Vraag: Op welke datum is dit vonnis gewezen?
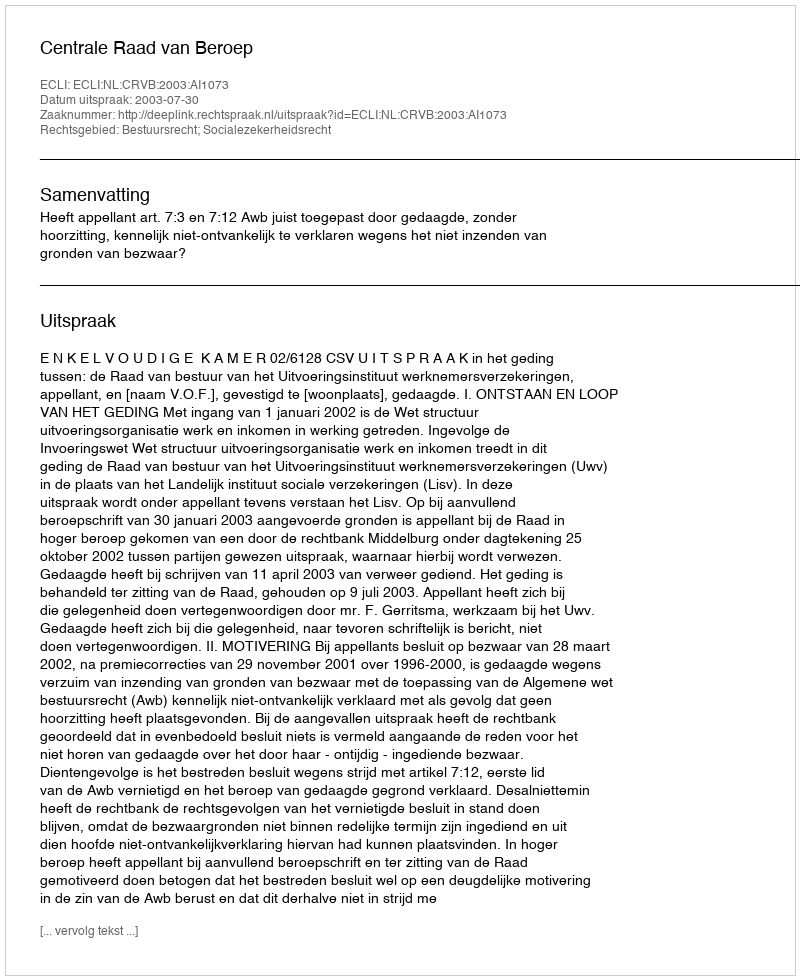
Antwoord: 2003-07-30